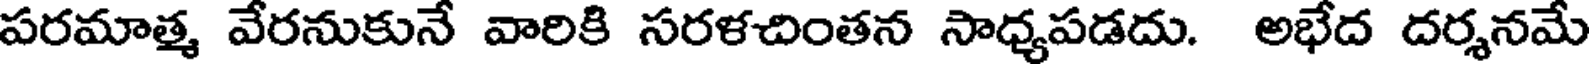
పరమాత్మ వేరనుకునే వారికి సరళచింతన సాధ్యపడదు. అభేద దర్శనమే